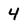
Character: 4